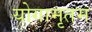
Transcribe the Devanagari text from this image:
योगामृतम